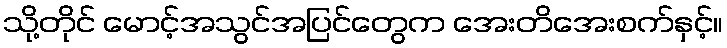
သို့တိုင် မောင့်အသွင်အပြင်တွေက အေးတိအေးစက်နှင့်။